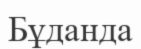
Бұданда